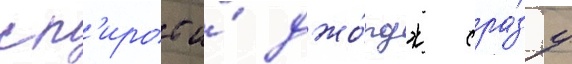
сп'ирос и́ джо́рдж сра́зу